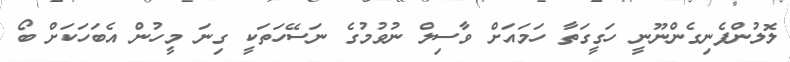
ލޮލުންފެނިގެންނޫނީ ހަގީގަތާ ހަމައަށް ވާސިލް ނުވުމުގެ ނަސޭހަތަކީ ގިނަ މީހުން އެބަހަކަށް ބޯ